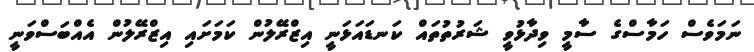
ނަމަވެސް ހަމާސްގެ ސާމީ ވިދާޅުވީ ޝަރުތުތައް ކަނޑައަޅަނީ އިޒްރޭލުން ކަމަށައި އިޒްރޭލުން އެއްބަސްވަނީ